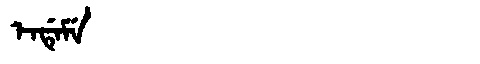
Manchu: ᡝᠨᡩᡝᠮᡝ
Romanization: ENDEME